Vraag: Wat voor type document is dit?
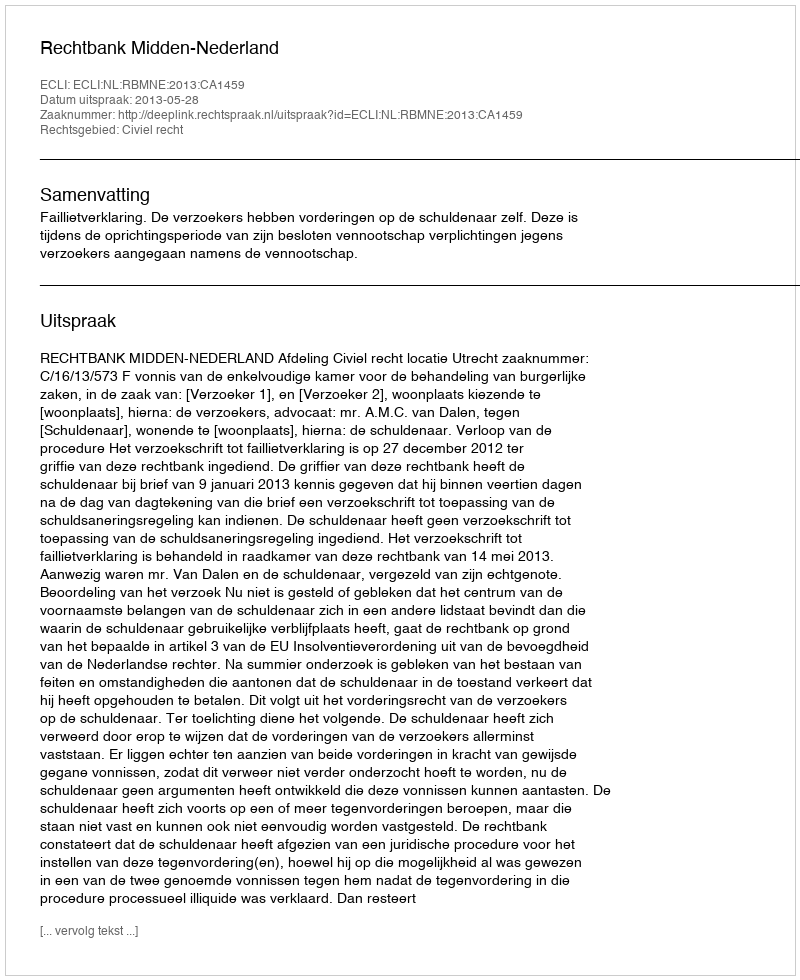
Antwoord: Uitspraak